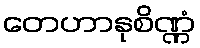
တေဟာနုစိဏ္ဏံ